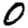
Digit: 0